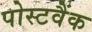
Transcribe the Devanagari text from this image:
पोस्टवैंक